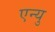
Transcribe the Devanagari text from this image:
एन्यु